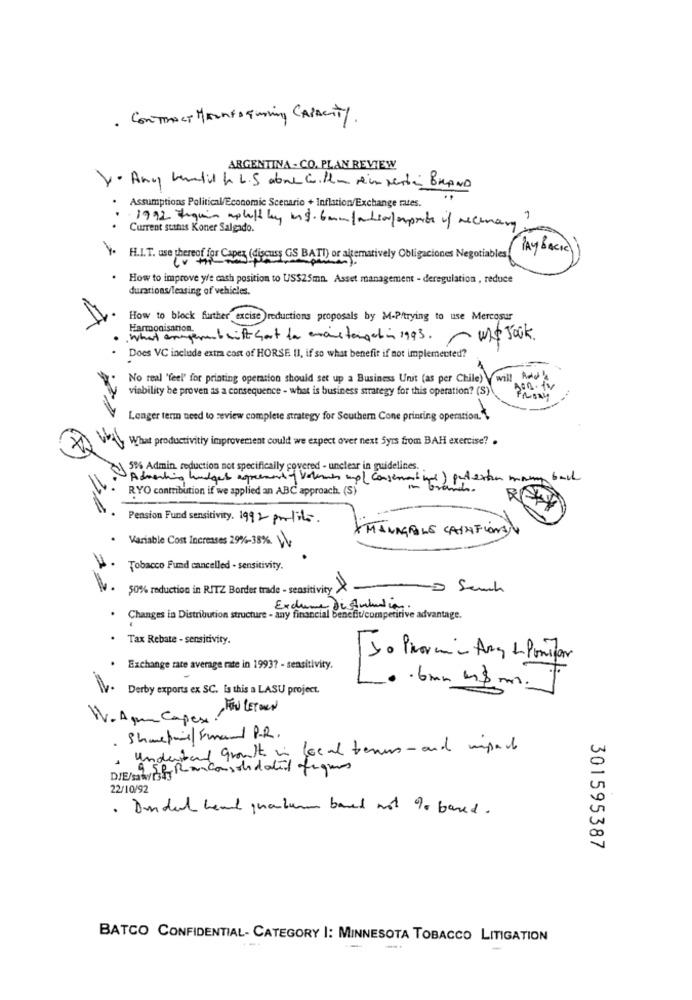
· CONTRACT MARNEDEwoning CAPACITY.
ARGENTINA - CO. PLAN REVIEW
Y· Any hentil h. L.S abone will- reimpertin BRAND
Assumptions Political/Economic Scenario + Inflation/Exchange rates.
1992 fiquin aplelf ly uns. 6mm/ation/ exports if necessary?
Current suthis Koner Salgado.
PAYBACK)
H.I.T. use thereof for Capes (discuss GS BATD) or alternatively Obligaciones Negotiables
How to improve y/e cash position to US$25mn. Asset management - deregulation , reduce
durations/leasing of vehicles.
How to block further excise reductions proposals by M-P/trying to use Mercosur
What amagerb with Sat do erais targetin 1993. ~ was Jook.
Does VC include extra cost of HORSE II, if so what benefit if not implemented?
No real 'feel" for printing operation should set up a Business Unit (as per Chile) will hold's
viability be proven as a consequence - what is business strategy for this operation? (S)
FROM
Longer term need to review complete strategy for Southern Cone printing operation."
What productivity improvement could we expect over next 5yrs from BAH exercise? .
5% Admin, reduction not specifically covered - unclear in guidelines.
Attaching budget agreement of Volumen up conservant ups) pod.
RYO contribution if we applied an ABC approach. (S)
Pension Fund sensitivity. 1992 profits.
* MANAGEROLE CARAFIONAN
Variable Cost Increases 29%-38% \\
Tobacco Fund cancelled . sensitivity.
50% reduction in RITZ Border trade - sensitivity
-D Seuch
Exclume dissolution.
Changes in Distribution structure - any financial benefit/competitive advantage.
Tax Rebate - sensitivity.
Exchange rate average rate in 1993? - sensitivity.
V. Derby exports ex SC. Is this a LASU project.
.. 6mm m& m.
W- Asun Capex. POU LETMEN
Sharepull Fmal P.R.
understand groult in local terms - and impact
DIE/satisfy Ranconsolidatil figues
22/10/92
· Dundel head quantum band not To based.
301595387
BATCO CONFIDENTIAL- CATEGORY |: MINNESOTA TOBACCO LITIGATION